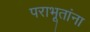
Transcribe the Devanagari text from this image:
पराभूतांना